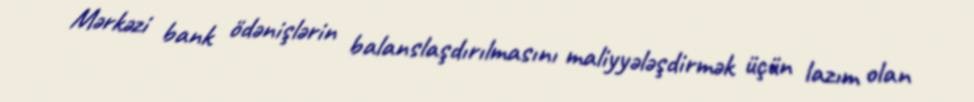
Mərkəzi bank ödənişlərin balanslaşdırılmasını maliyyələşdirmək üçün lazım olan